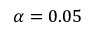
\alpha = 0 . 0 5